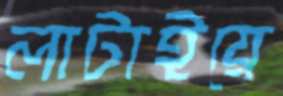
লাটাইয়ে